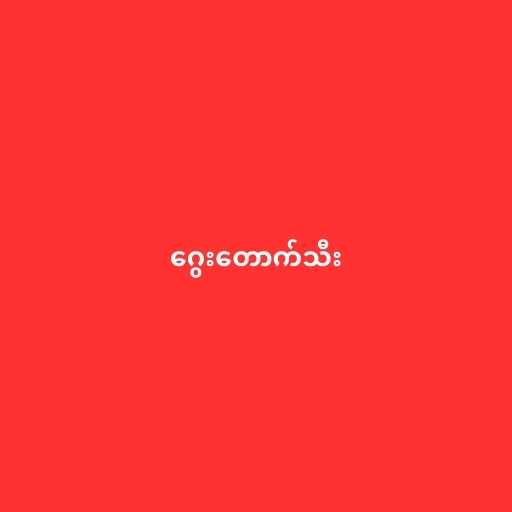
ဂွေးတောက်သီး